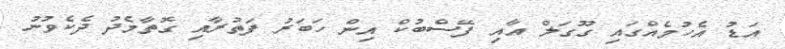
އަޑު އެހުމެއްގައި ގޫގަލް އާއި ފޭސްބުކް އިން ހަބަރު ފަތުރާއި ގޮތާމެދު ދެކެވުނު